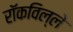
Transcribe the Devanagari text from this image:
रॉकविल्ले